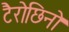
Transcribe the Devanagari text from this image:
टैरोछिनो